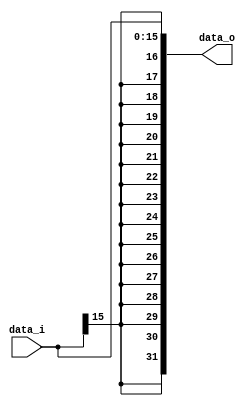
module Sign_Extend( data_i, data_o );

//I/O ports
input	[16-1:0] data_i;
output	[32-1:0] data_o;

//Internal Signals
wire	[32-1:0] data_o;

//Sign extended
/*your code here*/
assign data_o[15:0] = data_i;
assign data_o[31:16] = {16{data_i[15]}};

endmodule